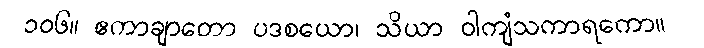
၁၀၆။ ဧကာချာတော ပဒစယော၊ သိယာ ဝါကျံသကာရကော။